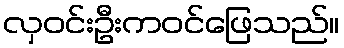
လှဝင်းဦးကဝင်ဖြေသည်။